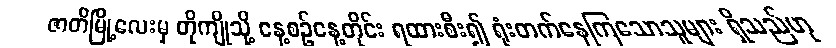
ဇာတိမြို့လေးမှ တိုကျိုသို့ နေ့စဉ်နေ့တိုင်း ရထားစီး၍ ရုံးတက်နေကြသောသူများ ရှိသည်ဟု